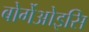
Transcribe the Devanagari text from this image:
बोर्गेओइसि